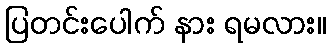
ပြတင်းပေါက် နား ရမလား။